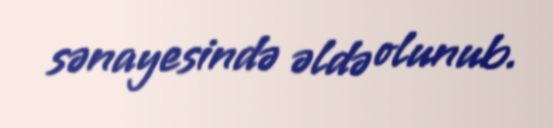
sənayesində əldə olunub.